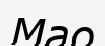
Мао